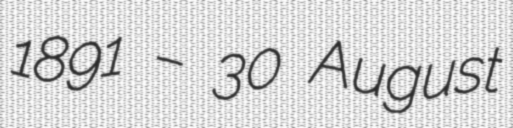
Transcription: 1891 – 30 August